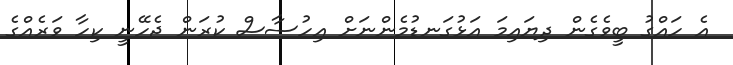
އެ ހައްގު ބީވެގެން ދިޔައިމަ އަޅުގަނޑުމެންނަށް އިހުސާސް ކުރަން ޖެހޭނީ ކިހާ ވަރެއްގެ